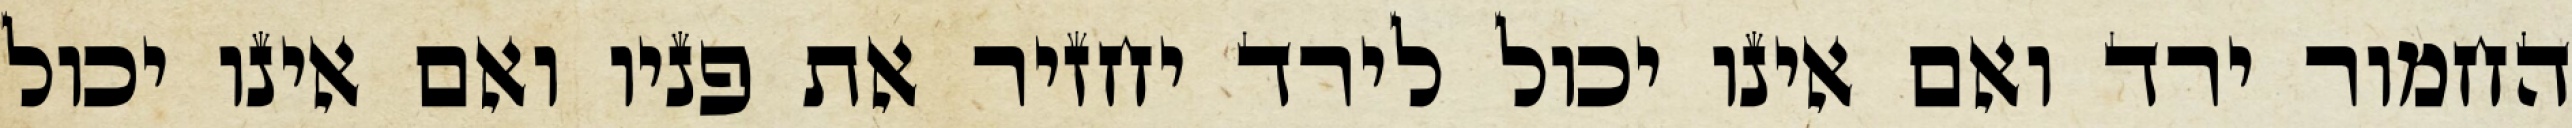
החמור ירד ואם אינו יכול לירד יחזיר את פניו ואם אינו יכול